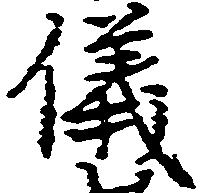
儀